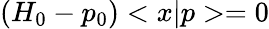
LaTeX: \left(H_{0}-p_{0}\right)<x|p>=0